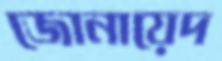
জোনায়েদ